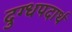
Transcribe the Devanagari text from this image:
दुग्धपदार्थ